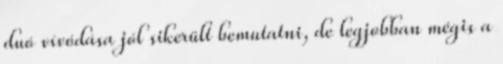
duó vívódása jól sikerült bemutatni, de legjobban mégis a